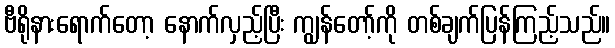
ဗီရိုနားရောက်တော့ နောက်လှည့်ပြီး ကျွန်တော့်ကို တစ်ချက်ပြန်ကြည့်သည်။